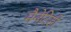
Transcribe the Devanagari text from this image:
मैनेटिडी